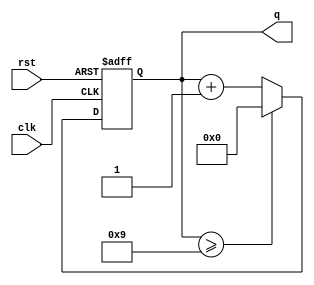
module mod10(q, clk ,rst);
    output reg [3:0] q;
    input clk, rst;
    always @ (posedge clk or posedge rst) begin
        if (rst) begin 
            q <= 4'b0000; 
        end
        else begin
            if (q >= 9) q <= 4'b0000;
            else q <= q + 1;
        end
    end
endmodule

module mod10_tb;
    reg clk, rst;
    wire [3:0] q;
    mod10 tb(q, clk, rst);
    always #5 clk = ~clk;
    initial begin
        clk = 0; rst = 1;
        #10 rst = 0;
        #200 $stop;
    end
endmodule